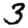
Digit: 3